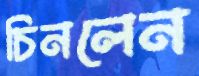
চিনলেন